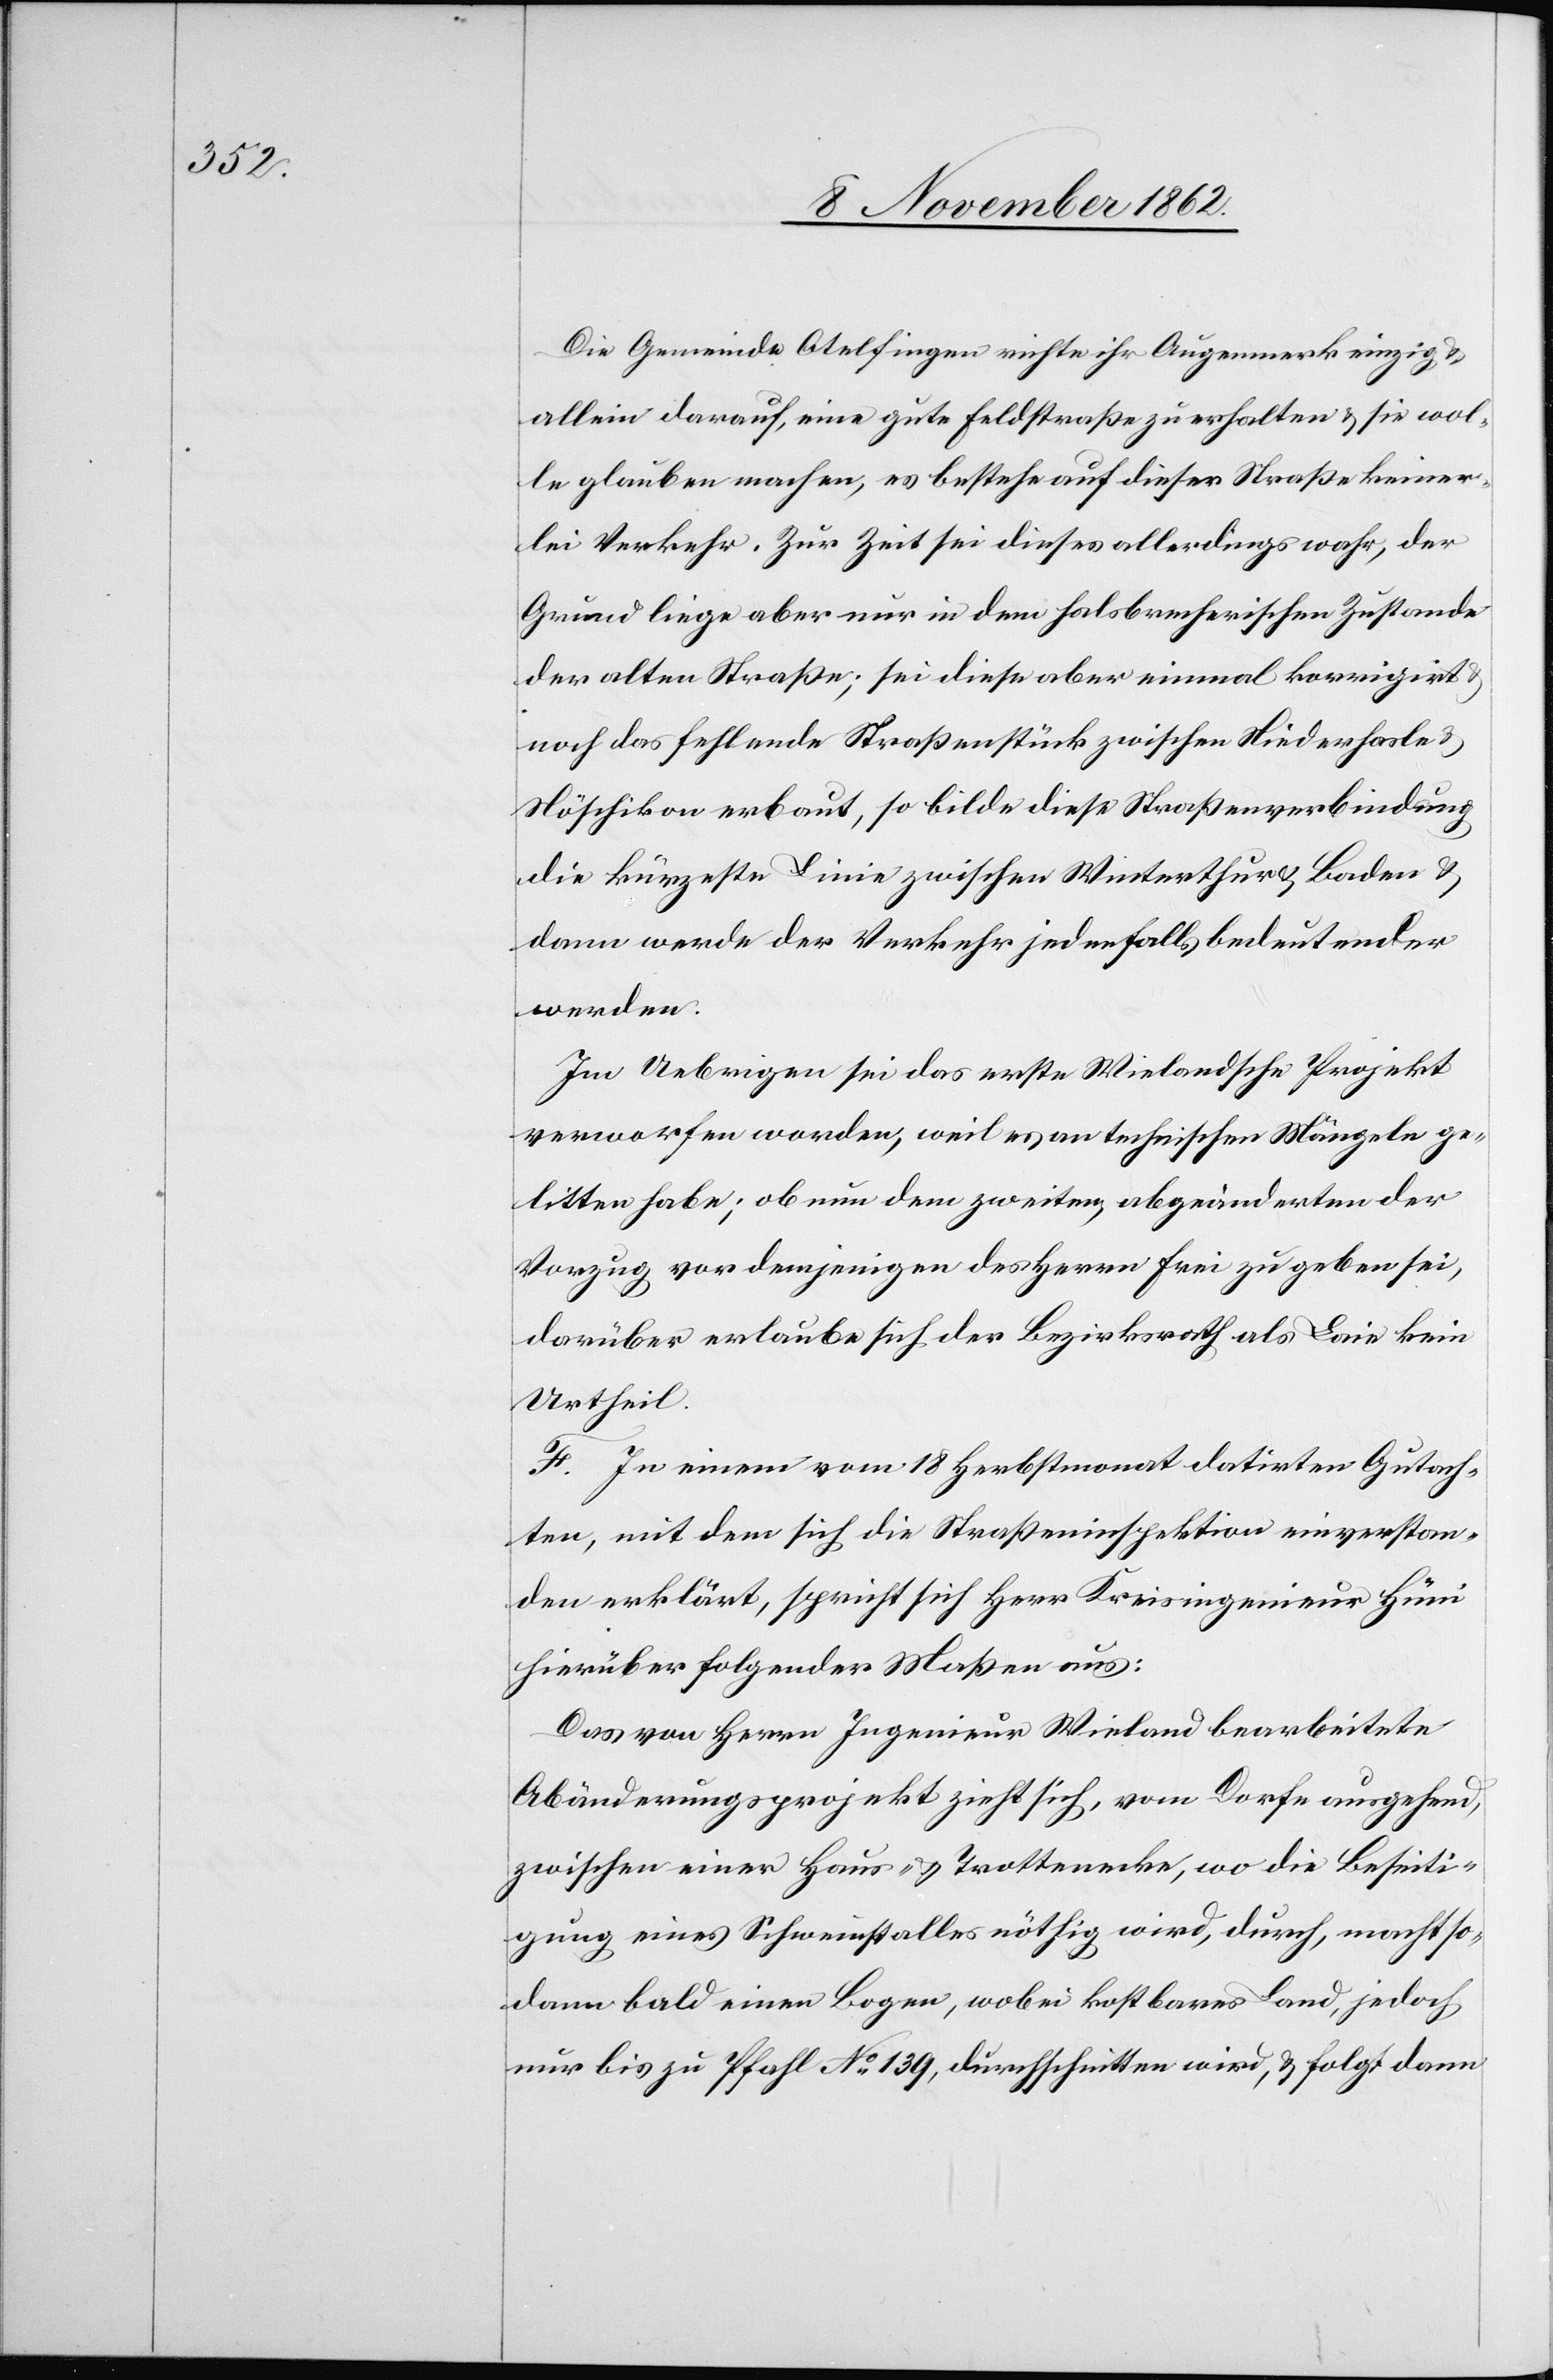
Die Gemeinde Otelfingen richte ihr Augenmerk einzig u.
allein darauf, eine gute Feldstraße zu erhalten u. sie wol¬
le glauben machen, es bestehe auf dieser Straße keiner¬
lei Verkehr. Zur Zeit sei dieses allerdings wahr, der
Grund liege aber nur in dem halsbrecherischen Zustande
der alten Straße; sei diese aber einmal korrigirt
noch das fehlende Straßenstück zwischen Niederhasle u.
Nöschikon erbaut, so bilde diese Straßenverbindung
die kürzeste Linie zwischen Winterthur u. Baden u.
dann werde der Verkehr jedenfalls bedeutender
werden.
Im Uebrigen sei das erste Wielandsche Projekt
verworfen worden, weil es an technischen Mängeln ge¬
litten habe; ob nun dem zweiten, abgeänderten der
Vorzug vor demjenigen des Herrn Frei zu geben sei,
darüber erlaube sich der Bezirksrath als Laie kein
Urtheil.
F. In einem vom 18. Herbstmonat datirten Gutach¬
ten, mit dem sich die Straßeninspektion einverstan¬
den erklärt, spricht sich Herr Kreisingenieur Hüni
hierüber folgender Maßen aus:
Das von Herrn Ingenieur Wieland bearbeitete
Abänderungsprojekt zieht sich, vom Dorfe ausgehend,
zwischen einer Haus- u. Trottenecke, wo die Beseiti¬
gung eines Schweinstalles nöthig wird, durch, macht so¬
dann bald einen Bogen, wobei kostbares Land, jedoch
nur bis zu Pfahl No 139, durchschnitten wird, u. folgt dann